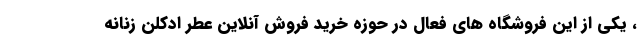
، یکی از این فروشگاه های فعال در حوزه خرید فروش آنلاین عطر ادکلن زنانه